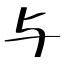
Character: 与